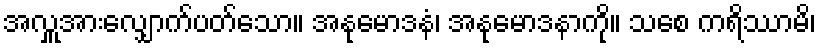
အလှူအားလျှောက်ပတ်သော။ အနုမောဒနံ၊ အနုမောဒနာကို။ သစေ ကရိဿာမိ၊